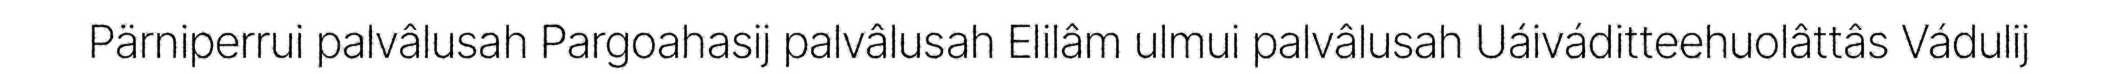
Pärniperrui palvâlusah Pargoahasij palvâlusah Elilâm ulmui palvâlusah Uáiváditteehuolâttâs Vádulij